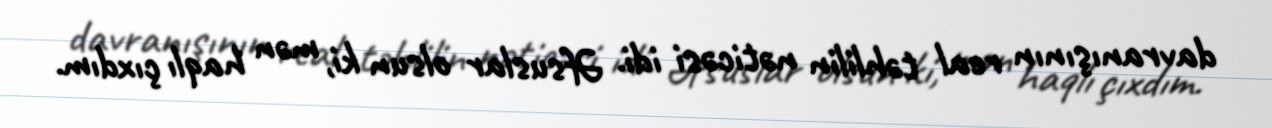
davranışının real təhlilin nəticəsi idi. Əfsuslar olsun ki, mən haqlı çıxdım.